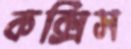
কক্সিস